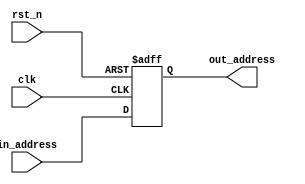
`timescale 1ns / 1ps
//////////////////////////////////////////////////////////////////////////////////
// Company: 
// Engineer: 
// 
// Design Name: 
// Module Name: Program_Counter
// Project Name: 
// Target Devices: 
// Tool Versions: 
// Description: 
// 
// Dependencies: 
// 
// Revision:
// Revision 0.01 - File Created
// Additional Comments:
// 
//////////////////////////////////////////////////////////////////////////////////


module Program_Counter(clk, rst_n, in_address, out_address);
input clk, rst_n;
input [31:0] in_address;
output reg [31:0] out_address;

always @(posedge clk or negedge rst_n)
begin 
if(!rst_n)//reset =0 then output address=0
out_address <= 32'd0;
else
out_address <= in_address;
end

endmodule